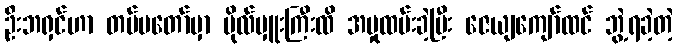
ဦးဘရှင်ဟာ တပ်မတော်မှာ ဗိုလ်မှူးကြီးထိ အမှုထမ်းခဲ့ပြီး ဇေယျကျော်ထင် ဘွဲ့ရခဲ့တဲ့